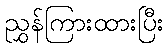
ညွှန်ကြားထားပြီး